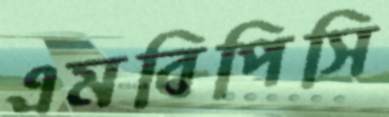
এমবিপিসি